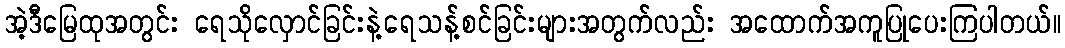
အဲ့ဒီမြေထုအတွင်း ရေသိုလှောင်ခြင်းနဲ့ရေသန့်စင်ခြင်းများအတွက်လည်း အထောက်အကူပြုပေးကြပါတယ်။